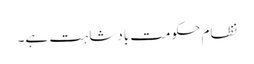
نظام حکومت بادشاہت ہے۔